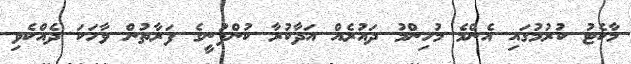
މާކެޓު ކުރުމުގައި އެންމެ މުހިންމު ދައުރެއް އަދާކުރާ ކުންފުނީގެ ފަރާތުން ވާހަކަ ދެއްކެވި